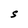
Character: S